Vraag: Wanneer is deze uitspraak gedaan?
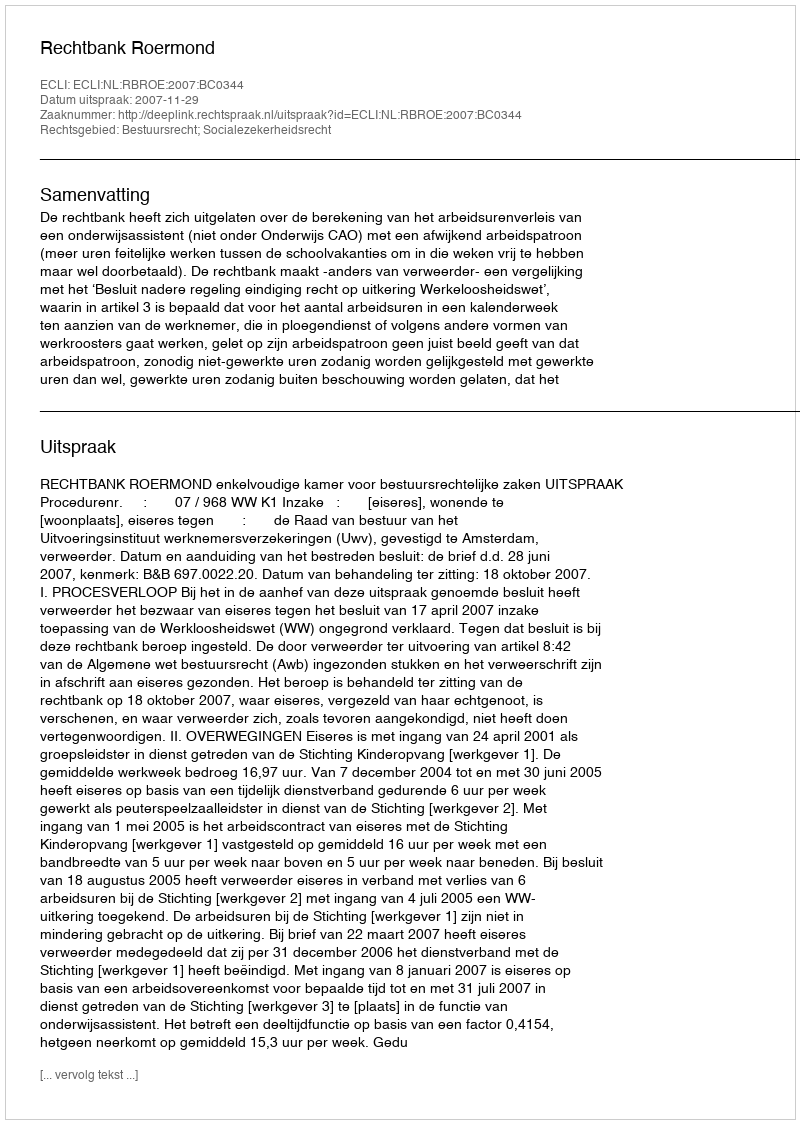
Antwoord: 2007-11-29